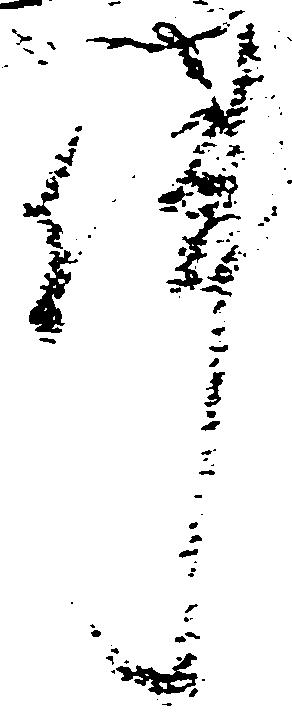
件